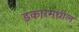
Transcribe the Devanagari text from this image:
डकारमधील